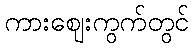
ကားဈေးကွက်တွင်